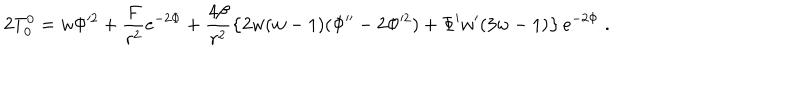
2 T _ { 0 } ^ { 0 } = w \Phi ^ { 2 } + \frac { { F } } { r ^ { 2 } } e ^ { - 2 \Phi } + \frac { 4 \beta } { r ^ { 2 } } \left\{ 2 w ( w - 1 ) ( \Phi ^ { \prime \prime } - 2 \Phi ^ { 2 } ) + \Phi ^ { \prime } w ^ { \prime } ( 3 w - 1 ) \right\} e ^ { - 2 \Phi } \; .